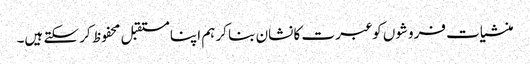
منشیات فروشوں کو عبرت کا نشان بنا کر ہم اپنا مستقبل محفوظ کر سکتے ہیں۔